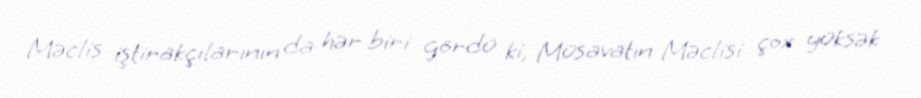
Məclis iştirakçılarının da hər biri gördü ki, Müsavatın Məclisi çox yüksək